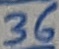
Text: 36